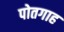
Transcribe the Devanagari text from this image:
पोतगाह